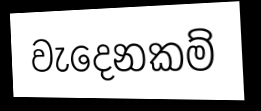
වැදෙනකම්